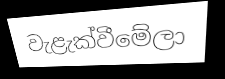
වැළැක්වීමේලා